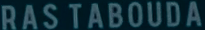
RAS TABOUDA